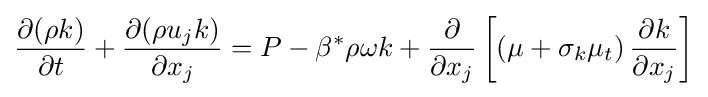
{\frac {\partial (\rho k)}{\partial t}}+{\frac {\partial (\rho u_{j}k)}{\partial x_{j}}}=P-\beta ^{*}\rho \omega k+{\frac {\partial }{\partial x_{j}}}\left[\left(\mu +\sigma _{k}\mu _{t}\right){\frac {\partial k}{\partial x_{j}}}\right]